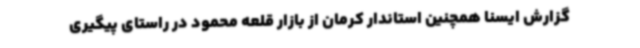
گزارش ایسنا همچنین استاندار کرمان از بازار قلعه محمود در راستای پیگیری